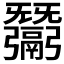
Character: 𢑋